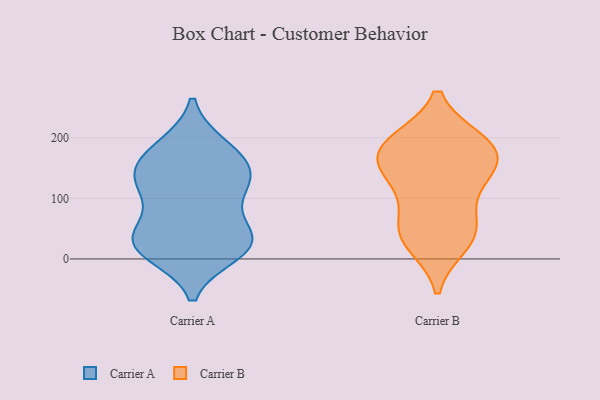
{"axis": {"x": "Net Income (USD K)", "y": "Value"}, "legend": ["Carrier A", "Carrier B"], "data": [{"x": "", "y": 37, "type": "Carrier A"}, {"x": "", "y": 142, "type": "Carrier A"}, {"x": "", "y": 28, "type": "Carrier A"}, {"x": "", "y": 123, "type": "Carrier A"}, {"x": "", "y": 10, "type": "Carrier A"}, {"x": "", "y": 40, "type": "Carrier A"}, {"x": "", "y": 142, "type": "Carrier A"}, {"x": "", "y": 186, "type": "Carrier A"}, {"x": "", "y": 167, "type": "Carrier A"}, {"x": "", "y": 16, "type": "Carrier A"}, {"x": "", "y": 20, "type": "Carrier A"}, {"x": "", "y": 184, "type": "Carrier A"}, {"x": "", "y": 86, "type": "Carrier A"}, {"x": "", "y": 118, "type": "Carrier A"}, {"x": "", "y": 133, "type": "Carrier A"}, {"x": "", "y": 32, "type": "Carrier A"}, {"x": "", "y": 144, "type": "Carrier B"}, {"x": "", "y": 193, "type": "Carrier B"}, {"x": "", "y": 145, "type": "Carrier B"}, {"x": "", "y": 184, "type": "Carrier B"}, {"x": "", "y": 38, "type": "Carrier B"}, {"x": "", "y": 58, "type": "Carrier B"}, {"x": "", "y": 26, "type": "Carrier B"}, {"x": "", "y": 112, "type": "Carrier B"}, {"x": "", "y": 186, "type": "Carrier B"}, {"x": "", "y": 156, "type": "Carrier B"}, {"x": "", "y": 47, "type": "Carrier B"}, {"x": "", "y": 190, "type": "Carrier B"}]}